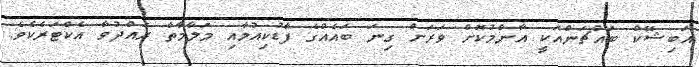
އަބިޝޭކް ބައްޗަންއަކީ އާންމުކޮށް ވަރަށް ގިނަ ބައެއްގެ ފާޑުކިއުމާއި މަލާމާތް ރައްދުވާ އެކްޓަރެކެވެ.